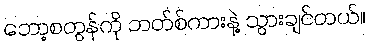
ဘော့စတွန်ကို ဘတ်စ်ကားနဲ့ သွားချင်တယ်။